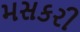
મસકરી